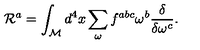
{ \cal R } ^ { a } = \int _ { \cal M } d ^ { 4 } x \sum _ { \omega } f ^ { a b c } \omega ^ { b } \frac { \delta } { \delta \omega ^ { c } } .